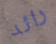
رائد